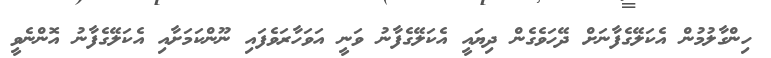
ހިންގާލުމުން އެކަލޭގެފާނަށް ދޭހަވެގެން ދިޔައީ އެކަލޭގެފާނު ވަނީ އަވަހާރަވެފައި ނޫންކަމަށާއި އެކަލޭގެފާނު އޮންނެވީ